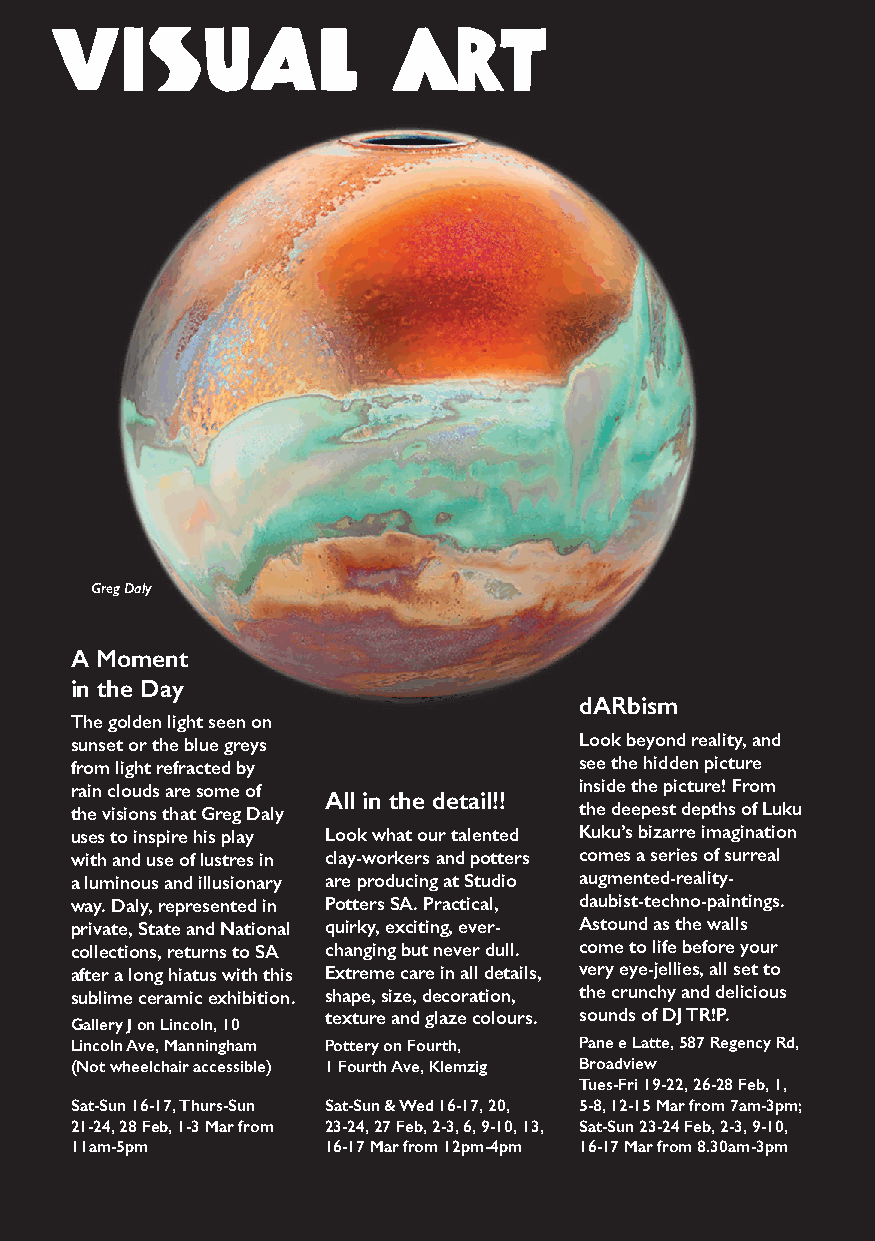
Visual                 art
 Greg Daly
 A Moment
 in the Day
 dARbism
 The golden light seen on
 sunset or the blue greys         Look beyond reality, and
 from light refracted by          see the hidden picture
 rain clouds are some of          inside the picture! From
 All in the detail!!
 the visions that Greg Daly       the deepest depths of Luku
 uses to inspire his play Look what our talented Kuku’s bizarre imagination
 with and use of lustres in clay-workers and potters comes a series of surreal
 a luminous and illusionary are producing at Studio augmented-reality-
 way. Daly, represented in Potters SA. Practical, daubist-techno-paintings.
 private, State and National quirky, exciting, ever- Astound as the walls
 collections, returns to SA changing but never dull. come to life before your
 after a long hiatus with this Extreme care in all details, very eye-jellies, all set to
 sublime ceramic exhibition. shape, size, decoration, the crunchy and delicious
 texture and glaze colours. sounds of DJ TR!P.
 Gallery J on Lincoln, 10
 Lincoln Ave, Manningham Pottery on Fourth, Pane e Latte, 587 Regency Rd,
 (Not wheelchair accessible) 1 Fourth Ave, Klemzig Broadview
 Tues-Fri 19-22, 26-28 Feb, 1,
 Sat-Sun 16-17, Thurs-Sun Sat-Sun & Wed 16-17, 20, 5-8, 12-15 Mar from 7am-3pm;
 21-24, 28 Feb, 1-3 Mar from 23-24, 27 Feb, 2-3, 6, 9-10, 13, Sat-Sun 23-24 Feb, 2-3, 9-10,
 11am-5pm         16-17 Mar from 12pm-4pm 16-17 Mar from 8.30am-3pm